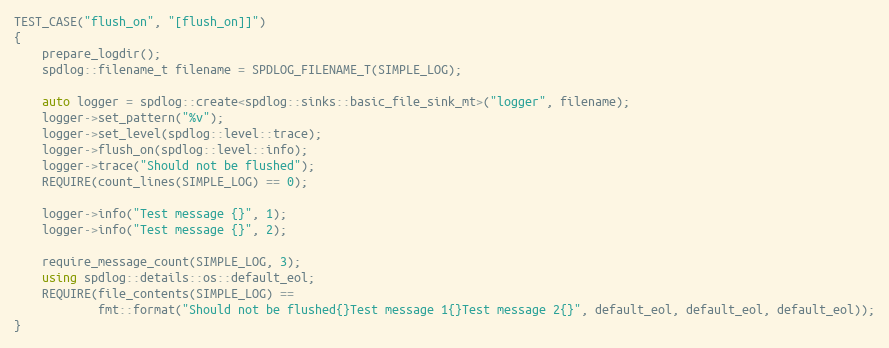
Language: C++
TEST_CASE("flush_on", "[flush_on]]")
{
    prepare_logdir();
    spdlog::filename_t filename = SPDLOG_FILENAME_T(SIMPLE_LOG);

    auto logger = spdlog::create<spdlog::sinks::basic_file_sink_mt>("logger", filename);
    logger->set_pattern("%v");
    logger->set_level(spdlog::level::trace);
    logger->flush_on(spdlog::level::info);
    logger->trace("Should not be flushed");
    REQUIRE(count_lines(SIMPLE_LOG) == 0);

    logger->info("Test message {}", 1);
    logger->info("Test message {}", 2);

    require_message_count(SIMPLE_LOG, 3);
    using spdlog::details::os::default_eol;
    REQUIRE(file_contents(SIMPLE_LOG) ==
            fmt::format("Should not be flushed{}Test message 1{}Test message 2{}", default_eol, default_eol, default_eol));
}